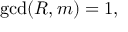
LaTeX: \operatorname* { g c d } ( R , m ) = 1 ,